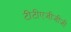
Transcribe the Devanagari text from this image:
टीटीएजीजीजी